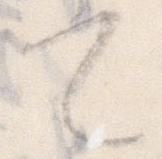
て